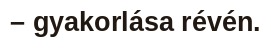
– gyakorlása révén.